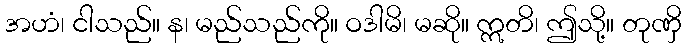
အဟံ၊ ငါသည်။ န၊ မည်သည်ကို။ ဝဒါမိ၊ မဆို။ ဣတိ၊ ဤသို့။ တုဏှိ